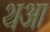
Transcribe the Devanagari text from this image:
थआ